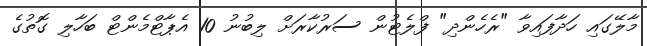
މާލޭގައި ހަދާފައިވާ "ރެހެންދި" ފްލެޓުން ސަރުކާރަށް ލިބުނު 10 އެޕާޓްމެންޓް ބަހާލި ގޮތުގެ